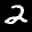
Label: 2